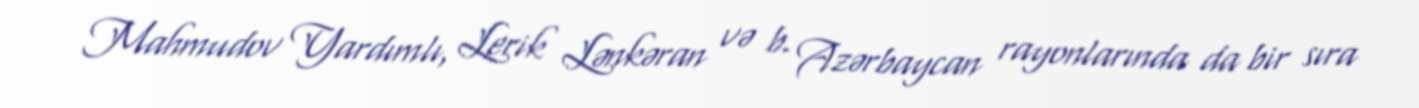
Mahmudov Yardımlı, Lerik Lənkəran və b. Azərbaycan rayonlarında da bir sıra